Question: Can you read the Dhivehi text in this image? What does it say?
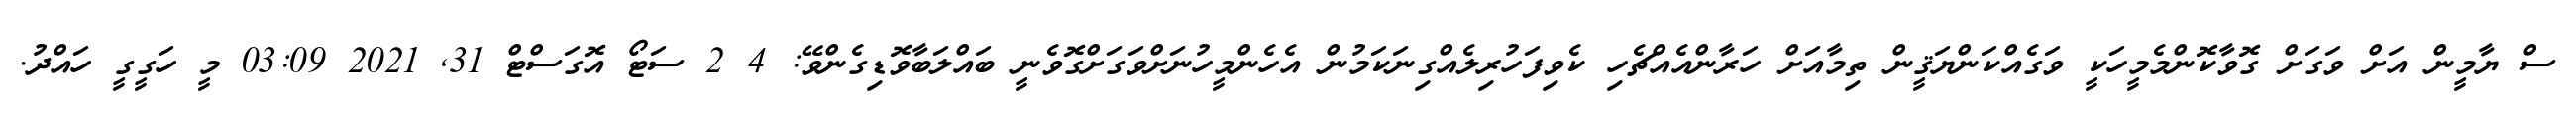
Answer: ސް ޔާމީން އަށް ވަގަށް ގޮވާކޮންމެމީހަކީ ވަގެއްކަންޔަޤީން ތިމާއަށް ހަރާންއެއްޗެހި ކެވިފަހުރިލެއްގިނަކަމުން އެހެންމީހުނަށްވަގަށްގޮވެނީ ބައްލަބާވޮޑިގެންވޭ: 4 2 ސަޓޯ އޮގަސްޓް 31, 2021 03:09 މީ ހަގީގީ ހައްދު.